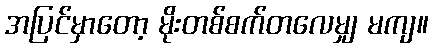
အပြင်မှာတော့ မိုးတစ်စက်တလေမျှ မကျ။